Report of the Lahore Medical School Hospital
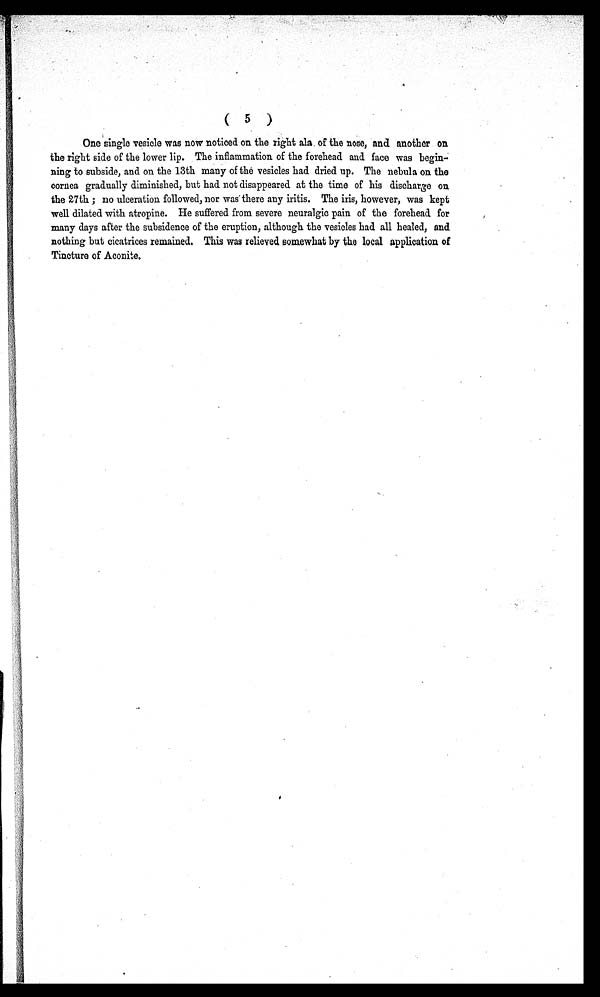
( 5 )
One single vesicle was now noticed on the right ala of the nose, and another on
the right side of the lower lip. The inflammation of the forehead and face was begin-
ning to subside, and on the 13th many of the vesicles had dried up. The nebula on the
cornea gradually diminished, but had not disappeared at the time of his discharge on
the 27th ; no ulceration followed, nor was there any iritis. The iris, however, was kept
well dilated with atropine. He suffered from severe neuralgic pain of the forehead for
many days after the subsidence of the eruption, although the vesicles had all healed, and
nothing but cicatrices remained. This was relieved somewhat by the local application of
Tincture of Aconite.